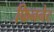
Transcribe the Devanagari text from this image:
फिननेट